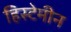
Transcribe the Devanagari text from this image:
हिस्टेमीन